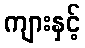
ကျားနှင့်